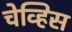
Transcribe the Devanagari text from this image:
चेव्हिस